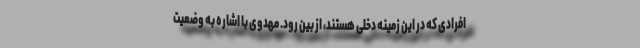
افرادی که در این زمینه دخلی هستند، از بین رود. مهدوی با اشاره به وضعیت